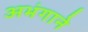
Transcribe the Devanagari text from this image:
अभंगाने